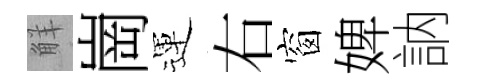
觧崗運右窗婢訥